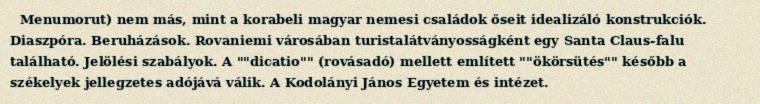
Menumorut) nem más, mint a korabeli magyar nemesi családok őseit idealizáló konstrukciók. Diaszpóra. Beruházások. Rovaniemi városában turistalátványosságként egy Santa Claus-falu található. Jelölési szabályok. A ""dicatio"" (rovásadó) mellett említett ""ökörsütés"" később a székelyek jellegzetes adójává válik. A Kodolányi János Egyetem és intézet.